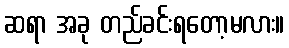
ဆရာ အခု တည်ခင်းရတော့မလား။